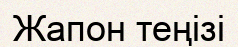
Жапон теңізі